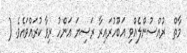
މާތް  ރުއްސުންލެއްވި އަބޫހުރައިރާ ރަޟިޔަ ޢަންހު ރިވާ ކުރައްވައެވެ. (